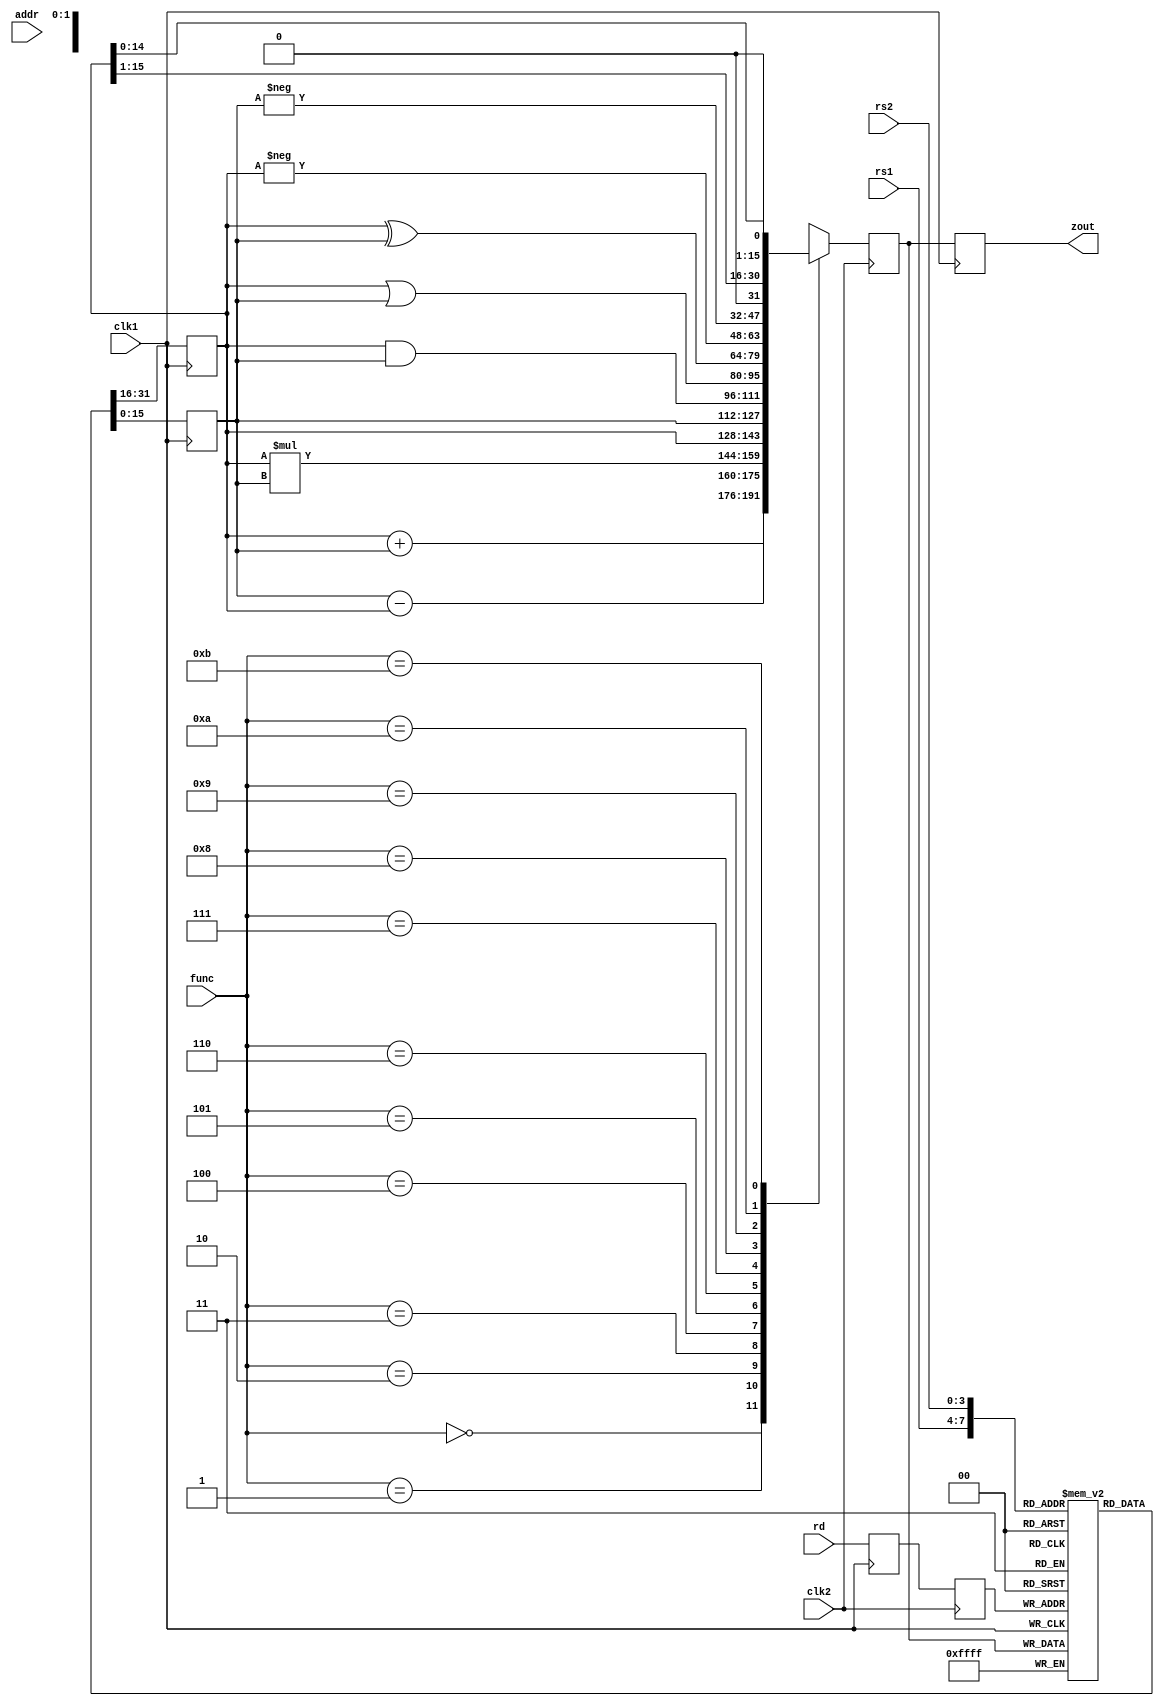
module pipe_ex2(zout,rs1,rs2,rd,func,addr,clk1,clk2);
input [3:0] rs1,rs2,rd,func;
input[7:0] addr;
input clk1,clk2;
output [15:0] zout;
reg [15:0] l12_A,l12_B,l23_z,l34_z;
reg[3:0] l12_rd,l12_func,l23_rd;
reg[7:0] l12_addr,l23_addr,l34_addr;
reg [15:0] regbank [0:15];
reg [15:0] mem[0:255];
assign zout=l34_z;

always @(posedge clk1)
 begin
	l12_A 	  <= #2 regbank[rs1];
	l12_B	  <= #2 regbank[rs2];
	l12_rd    <= #2 rd;
	l12_func  <= #2 func;
	l12_addr  <= #2 addr;
 end

always @(posedge clk2)
 begin
	case (func)
	 0: l23_z <= #2 l12_A +l12_B;
	 1: l23_z <= #2 l12_B -l12_A;
	 2: l23_z <= #2 l12_A *l12_B;
 	 3: l23_z <= #2 l12_A; 
 	 4: l23_z <= #2 l12_B;
	 5: l23_z <= #2 l12_A & l12_B; 
	 6: l23_z <= #2 l12_A | l12_B;
 	 7: l23_z <= #2 l12_A ^ l12_B;
	 8: l23_z <= #2 - l12_A;
 	 9: l23_z <= #2 - l12_B;
	 10: l23_z <= #2 l12_A >> 1;
	 11: l23_z <= #2 l12_A << 1;
	 default: l23_z <= #2 16'hxxxx;
	endcase 
	l23_rd   <= #2 l12_rd;
	l23_addr <= #2 l12_addr;
	end
always @(posedge clk1)
 begin
	regbank[l23_rd] <= #2 l23_z;
	l34_z    <= #2 l23_z;
	l34_addr <= #2 l23_addr;
 end
 
always @(posedge clk2)
 begin 
	mem[l34_addr] <= #2 l34_z;
 end
endmodule